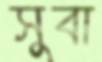
সুবা